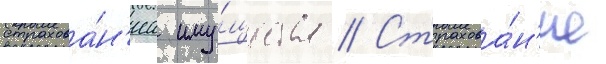
страхова́н'иа иму́щества // Страхова́н'ие